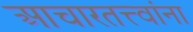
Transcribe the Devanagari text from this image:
आचारतत्त्वांना